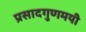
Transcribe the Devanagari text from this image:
प्रसादगुणमयी